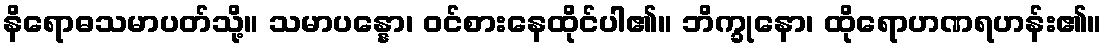
နိရောဓသမာပတ်သို့။ သမာပန္နော၊ ဝင်စားနေထိုင်ပါ၏။ ဘိက္ခုနော၊ ထိုရောဟဏရဟန်း၏။